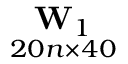
\underset { 2 0 n \times 4 0 } { \mathbf { W } _ { 1 } }